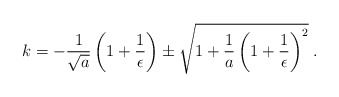
\begin{align*}k = - \frac{1}{\sqrt{a}} \left( 1 + \frac{1}{\epsilon} \right)\pm \sqrt{1 + \frac{1}{a} \left( 1 + \frac{1}{\epsilon} \right)^2} \; .\end{align*}